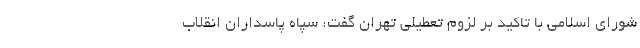
شورای اسلامی با تاکید بر لزوم تعطیلی تهران گفت: سپاه پاسداران انقلاب